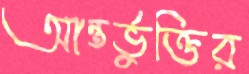
আন্তর্ভুক্তির